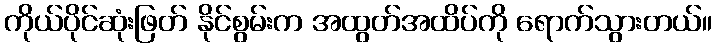
ကိုယ်ပိုင်ဆုံးဖြတ် နိုင်စွမ်းက အထွတ်အထိပ်ကို ရောက်သွားတယ်။